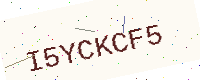
Text: I5YCKCF5